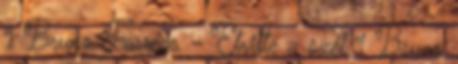
1 Bruno Ferrero - Elvitte a szél 1 Bruno